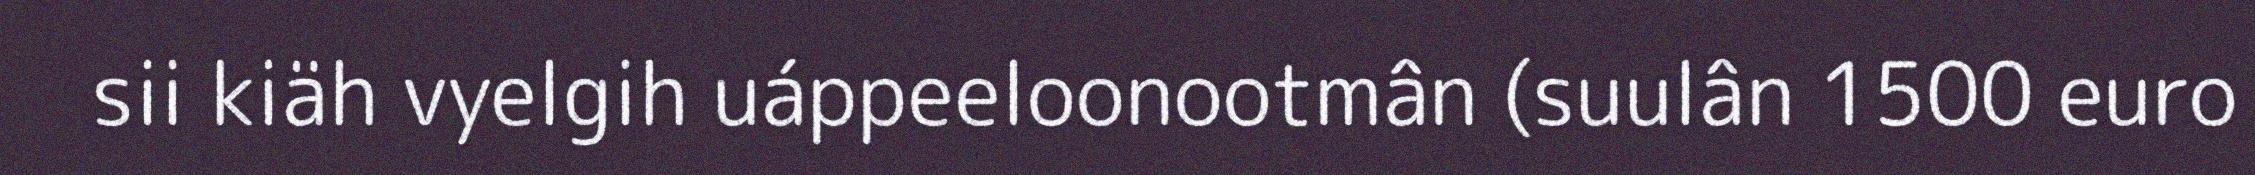
sii kiäh vyelgih uáppeeloonootmân (suulân 1500 euro